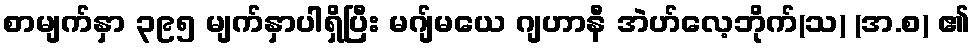
စာမျက်နှာ ၃၉၅ မျက်နှာပါရှိပြီး မဂျ်မယေ ဂျဟာနီ အဲဟ်လေ့ဘိုက်(သ) (အ.စ) ၏